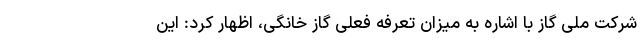
شرکت ملی گاز با اشاره به میزان تعرفه فعلی گاز خانگی، اظهار کرد: این